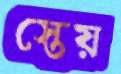
স্তেয়